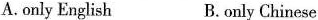
A.only English B.only Chinese